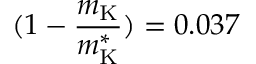
( 1 - \frac { m _ { \mathrm { K } } } { m _ { \mathrm { K } } ^ { * } } ) = 0 . 0 3 7